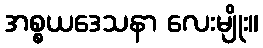
အစ္စယဒေသနာ လေးမျိုး။